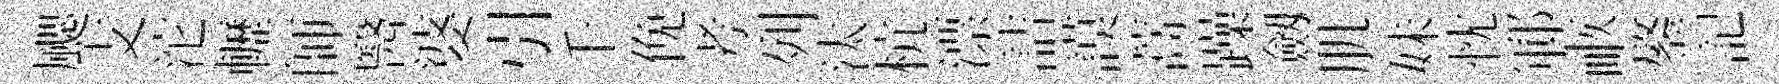
颸支沱轣師醫婆引千俛考列汰杭漂詰謨蒿躁劔肌妹忱鄆畞鏊記